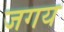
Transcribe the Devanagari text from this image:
जगय